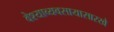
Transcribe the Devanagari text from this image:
वेश्याव्यवसायासारखे